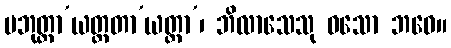
ပဘုတ္တာ’ယတ္တတာ’ယတ္တာ’၊ ဘိလာသေသု ဝသော ဘဝေ။